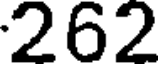
262